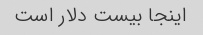
اینجا بیست دلار است